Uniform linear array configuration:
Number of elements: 32
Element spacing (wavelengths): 1
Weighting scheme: hamming
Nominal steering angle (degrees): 0
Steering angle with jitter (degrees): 0.00917
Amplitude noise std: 0.05
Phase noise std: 0.05

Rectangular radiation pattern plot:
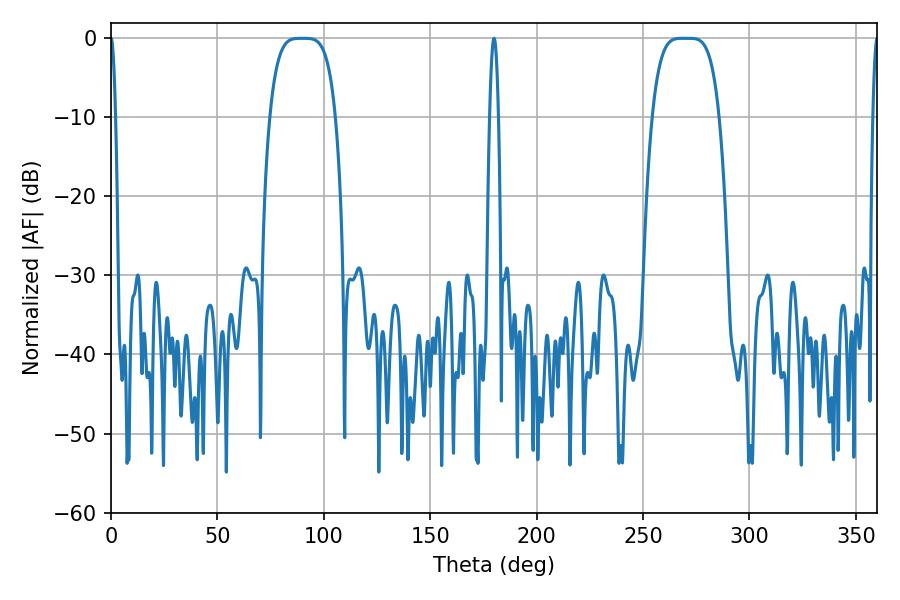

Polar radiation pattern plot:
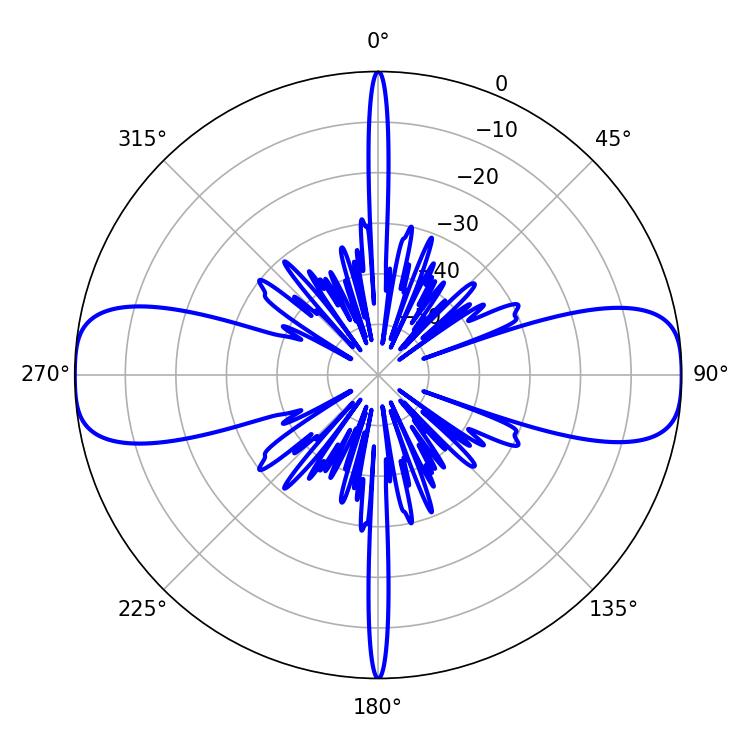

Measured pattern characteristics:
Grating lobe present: TRUE
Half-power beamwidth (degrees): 23.4
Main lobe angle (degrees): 268.56